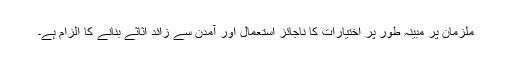
ملزمان پر مبینہ طور پر اختیارات کا ناجائز استعمال اور آمدن سے زائد اثاثے بنانے کا الزام ہے۔